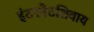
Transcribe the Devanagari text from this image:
इंटरनेटशिवाय